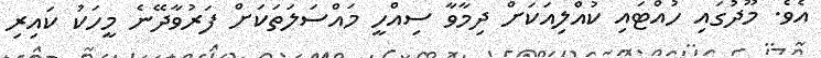
އެވެ. މޫދުގައި ހުއްޓައި ކުއްލިއަކަށް ދިމާވާ ސިއްހީ މައްސަލަތަކަށް ފަރުވާދޭނެ މީހަކު ކައިރި